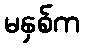
မနှစ်က